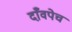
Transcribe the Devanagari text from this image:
दाँवपेच